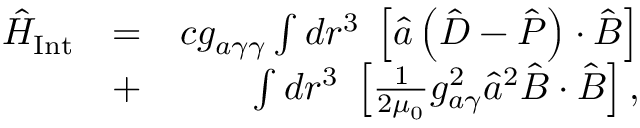
\begin{array} { r l r } { \hat { H } _ { \mathrm { I n t } } } & { = } & { c g _ { a \gamma \gamma } \int d \boldsymbol r ^ { 3 } \; \left[ \hat { a } \left( \hat { \boldsymbol D } - \hat { \boldsymbol P } \right) \cdot \hat { \boldsymbol B } \right] } \\ & { + } & { \int d \boldsymbol r ^ { 3 } \; \left[ \frac { 1 } { 2 \mu _ { 0 } } g _ { a \gamma } ^ { 2 } \hat { a } ^ { 2 } \hat { \boldsymbol B } \cdot \hat { \boldsymbol B } \right] , } \end{array}